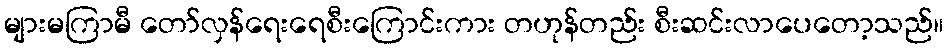
များမကြာမီ တော်လှန်ရေးရေစီးကြောင်းကား တဟုန်တည်း စီးဆင်းလာပေတော့သည်။